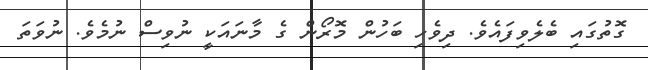
ގޮތުގައި ބެލެވިފައެވެ. ދިވެހި ބަހުން މޮރޯން ގެ މާނައަކީ ނުވިސް ނުމެވެ. ނުވަތަ